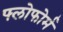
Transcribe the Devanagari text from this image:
फ्लोफोर्म